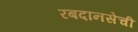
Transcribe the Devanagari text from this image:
रबदानसेची